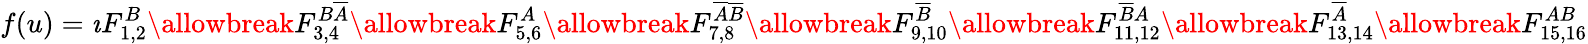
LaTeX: f(u)=\imath F_{1,2}^{B}\allowbreak F_{3,4}^{B\overline{{A}}}\allowbreak F_{5,6}^{A}\allowbreak F_{7,8}^{\overline{{A}}\overline{{B}}}\allowbreak F_{9,10}^{\overline{{B}}}\allowbreak F_{11,12}^{\overline{{B}}A}\allowbreak F_{13,14}^{\overline{{A}}}\allowbreak F_{15,16}^{AB}